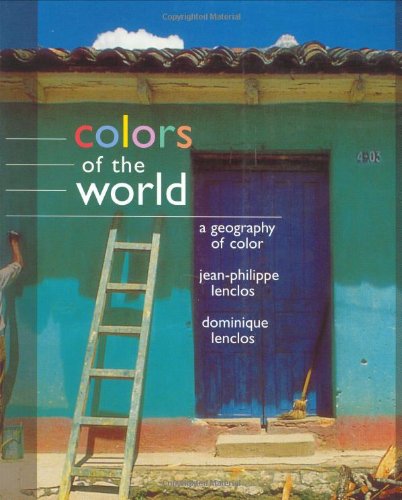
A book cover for Colors of the World; Dominique Lenclos; Arts & Photography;